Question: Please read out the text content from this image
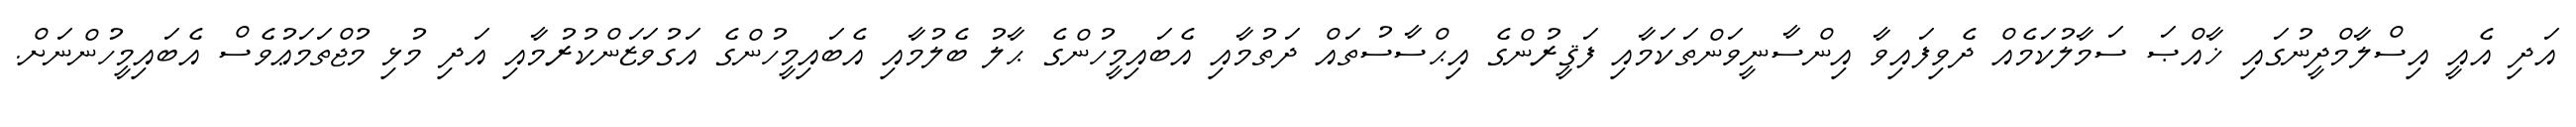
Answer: އަދި އެއީ އިސްލާމްދީނުގައި ޚާއްޞަ ސަމާލުކަމެއް ދެވިފައިވާ އިންސާނީވަންތަކަމާއި ފަޤީރުންގެ އިޙްސާސުތައް ދަތުމާއި އެބައިމީހުންގެ ޙާލު ބެލުމާއި އެބައިމީހުންގެ އަގުވަޒަންކުރުމާއި އަދި މުޅި މުޖްތަމަޢުވެސް އެބައިމީހުންނަށް.